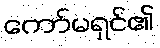
ကော်မရှင်၏